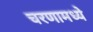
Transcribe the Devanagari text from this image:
चरणामध्ये